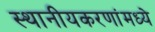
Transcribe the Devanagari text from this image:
स्थानीयकरणांमध्ये